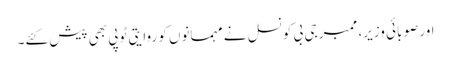
اور صوبائی وزیر، ممبر جی بی کونسل نے مہمانوں کو روایتی ٹوپی بھی پیش کئے۔